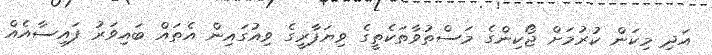
އަދި މިކަން ކުރުމަށް ޖޯކިންގެ މަސްތުވާތަކެތީގެ ވިޔަފާރީގެ ވިއުގައިން އެތައް ބައިވަރު ފައިސާއެއް